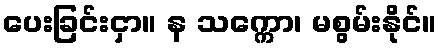
ပေးခြင်းငှာ။ န သက္ကော၊ မစွမ်းနိုင်။